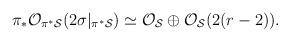
LaTeX: \begin{align*}\pi_*{\cal O}_{\pi^* {\cal S}}(2\sigma|_{\pi^* {\cal S}})\simeq {\cal O}_{{\cal S}} \oplus {\cal O}_{{\cal S}}(2 (r-2)).\end{align*}